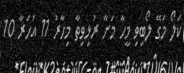
ކަލޯ މަގޭ ލޯބިވި މީހާ މަށާ ރުޅިވިތާ މިހާރު 11 އަހަރާ 10